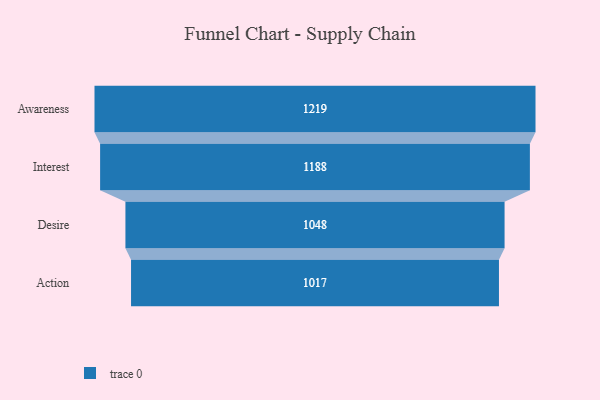
{"axis": {"x": "Stage", "y": "Value"}, "legend": [""], "data": [{"x": "Awareness", "y": 1219.0, "type": ""}, {"x": "Interest", "y": 1188.0, "type": ""}, {"x": "Desire", "y": 1048.0, "type": ""}, {"x": "Action", "y": 1017.0, "type": ""}]}